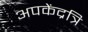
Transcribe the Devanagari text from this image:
अपकेंद्रत्रि